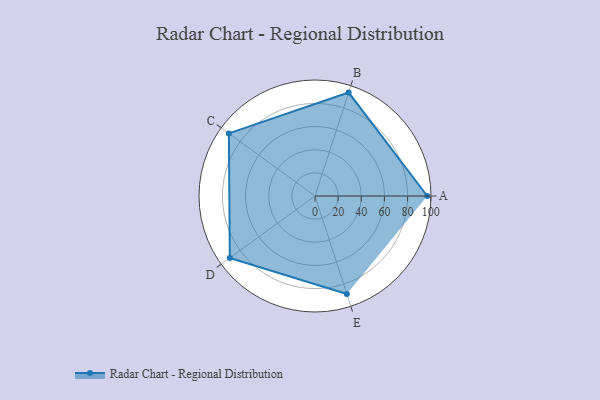
{"axis": {"x": "Skill", "y": "Score"}, "legend": ["Profile"], "data": [{"x": "A", "y": 97.0, "type": "Profile"}, {"x": "B", "y": 94.0, "type": "Profile"}, {"x": "C", "y": 92.0, "type": "Profile"}, {"x": "D", "y": 91.0, "type": "Profile"}, {"x": "E", "y": 89.0, "type": "Profile"}]}